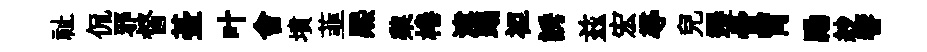
祉侃邪督䑓叶會墳韮熈棃棬津蹋袒誘兹宏𡬶兒遷骨胃勵紗響